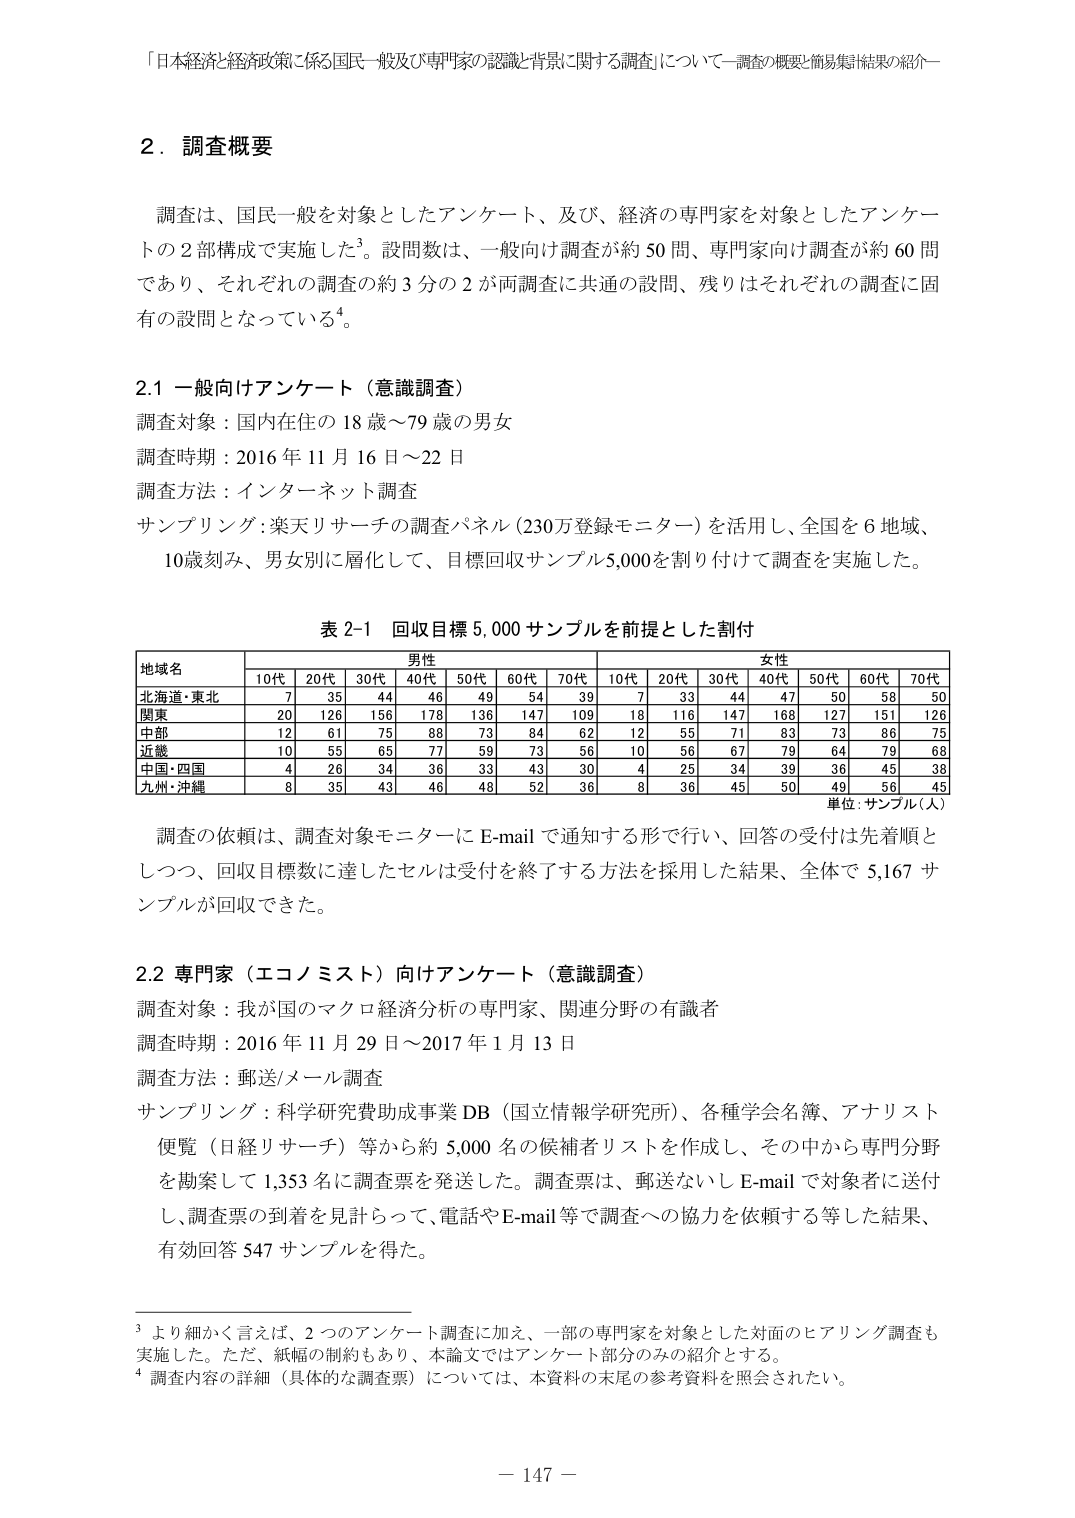
「日本経済と経済政策に係る国民一般及び専門家の認識と背景に関する調査」について－調査の概要と簡易集計結果の紹介－

2．調査概要

調査は、国民一般を対象としたアンケート、及び、経済の専門家を対象としたアンケートの2部構成で実施した³。設問数は、一般向け調査が約50問、専門家向け調査が約60問であり、それぞれの調査の約3分の2が両調査に共通の設問、残りはそれぞれの調査に固有の設問となっている⁴。

2.1 一般向けアンケート（意識調査）

調査対象：国内在住の18歳～79歳の男女
調査時期：2016年11月16日～22日
調査方法：インターネット調査
サンプリング：楽天リサーチの調査パネル（230万登録モニター）を活用し、全国を6地域、10歳刻み、男女別に層化して、目標回収サンプル5,000を割り付けて調査を実施した。

表2-1 回収目標5,000サンプルを前提とした割付

| 地域名 | 男性 | | | | | | | 女性 | | | | | | |
|---|---|---|---|---|---|---|---|---|---|---|---|---|---|---|
| | 10代 | 20代 | 30代 | 40代 | 50代 | 60代 | 70代 | 10代 | 20代 | 30代 | 40代 | 50代 | 60代 | 70代 |
| 北海道・東北 | 7 | 35 | 44 | 46 | 49 | 54 | 39 | 7 | 33 | 44 | 47 | 50 | 58 | 50 |
| 関東 | 20 | 126 | 156 | 178 | 136 | 147 | 109 | 18 | 116 | 147 | 168 | 127 | 151 | 126 |
| 中部 | 12 | 61 | 75 | 88 | 73 | 84 | 62 | 12 | 55 | 71 | 83 | 73 | 86 | 75 |
| 近畿 | 10 | 55 | 65 | 77 | 59 | 73 | 56 | 10 | 56 | 67 | 79 | 64 | 79 | 68 |
| 中国・四国 | 4 | 26 | 34 | 36 | 33 | 43 | 30 | 4 | 25 | 34 | 39 | 36 | 45 | 38 |
| 九州・沖縄 | 8 | 35 | 43 | 46 | 48 | 52 | 36 | 8 | 36 | 45 | 50 | 49 | 56 | 45 |

単位：サンプル（人）

調査の依頼は、調査対象モニターにE-mailで通知する形で行い、回答の受付は先着順としつつ、回収目標数に達したセルは受付を終了する方法を採用した結果、全体で5,167サンプルが回収できた。

2.2 専門家（エコノミスト）向けアンケート（意識調査）

調査対象：我が国のマクロ経済分析の専門家、関連分野の有識者
調査時期：2016年11月29日～2017年1月13日
調査方法：郵送/メール調査
サンプリング：科学研究費助成事業DB（国立情報学研究所）、各種学会名簿、アナリスト便覧（日経リサーチ）等から約5,000名の候補者リストを作成し、その中から専門分野を勘案して1,353名に調査票を発送した。調査票は、郵送ないしE-mailで対象者に送付し、調査票の到着を見計らって、電話やE-mail等で調査への協力を依頼する等した結果、有効回答547サンプルを得た。

³ より細かく言えば、2つのアンケート調査に加え、一部の専門家を対象とした対面のヒアリング調査も実施した。ただ、紙幅の制約もあり、本論文ではアンケート部分のみの紹介とする。
⁴ 調査内容の詳細（具体的な調査票）については、本資料の末尾の参考資料を照会されたい。

－ 147 －